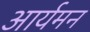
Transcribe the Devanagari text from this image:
आर्यमन